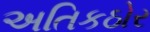
અતિકઠોર